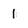
Character: 1